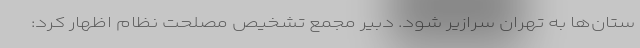
ستان‌ها به تهران سرازیر شود. دبیر مجمع تشخیص مصلحت نظام اظهار کرد: